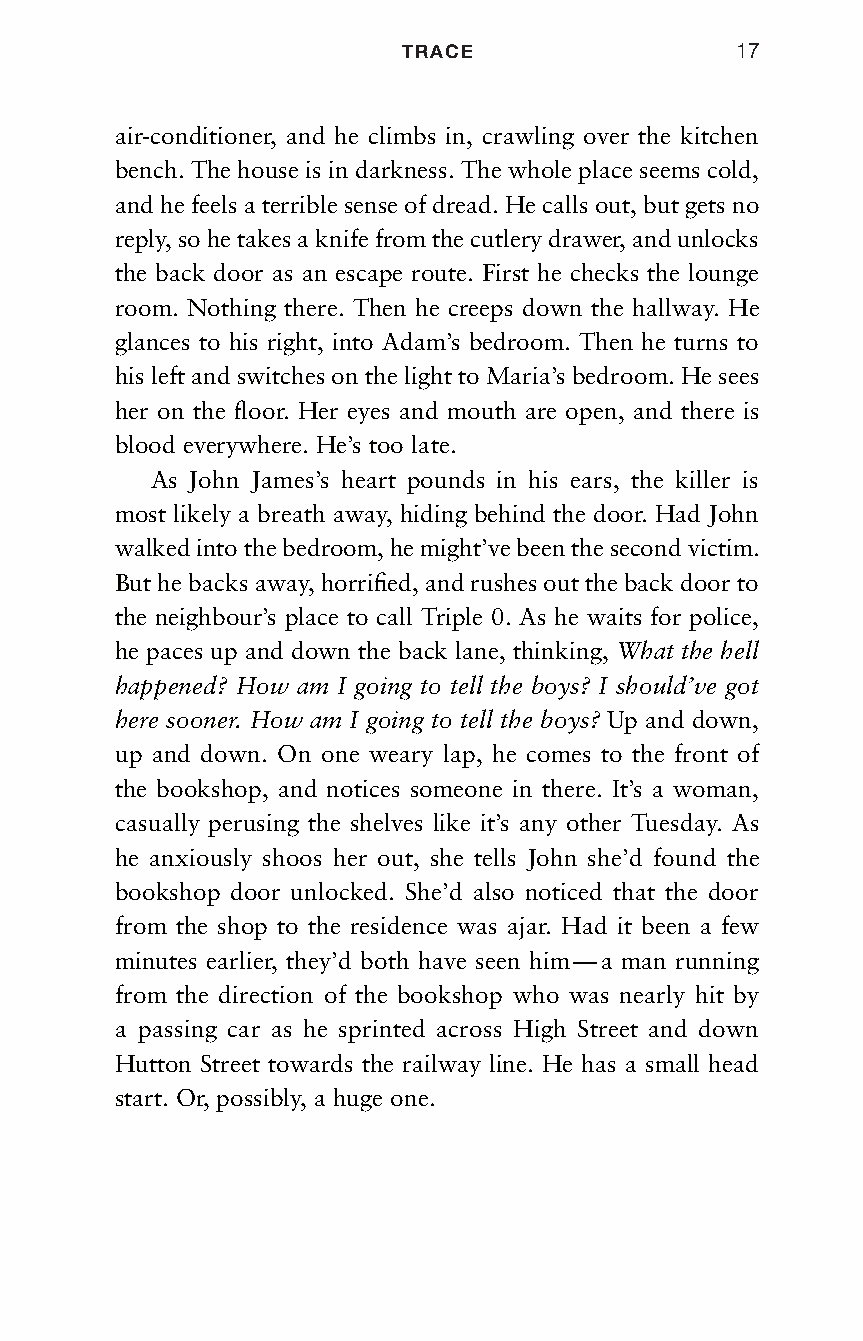
TRACE                 17
 air-conditioner, and he climbs in, crawling over the kitchen
 bench. The house is in darkness. The whole place seems cold,
 and he feels a terrible sense of dread. He calls out, but gets no
 reply, so he takes a knife from the cutlery drawer, and unlocks
 the back door as an escape route. First he checks the lounge
 room. Nothing there. Then he creeps down the hallway. He
 glances to his right, into Adam’s bedroom. Then he turns to
 his left and switches on the light to Maria’s bedroom. He sees
 her on the floor. Her eyes and mouth are open, and there is
 blood everywhere. He’s too late.
 As John James’s heart pounds in his ears, the killer is
 most likely a breath away, hiding behind the door. Had John
 walked into the bedroom, he might’ve been the second victim.
 But he backs away, horrified, and rushes out the back door to
 the neighbour’s place to call Triple 0. As he waits for police,
 he paces up and down the back lane, thinking, What the hell
 happened? How am I going to tell the boys? I should’ve got
 here sooner. How am I going to tell the boys? Up and down,
 up and down. On one weary lap, he comes to the front of
 the bookshop, and notices someone in there. It’s a woman,
 casually perusing the shelves like it’s any other Tuesday. As
 he anxiously shoos her out, she tells John she’d found the
 bookshop door unlocked. She’d also noticed that the door
 from the shop to the residence was ajar. Had it been a few
 minutes earlier, they’d both have seen him — a man running
 from the direction of the bookshop who was nearly hit by
 a passing car as he sprinted across High Street and down
 Hutton Street towards the railway line. He has a small head
 start. Or, possibly, a huge one.
 Trace_pages_MP07.indd 17                            30/5/18 14:28